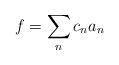
LaTeX: \begin{align*}f = \sum_{n} c_n a_n\end{align*}